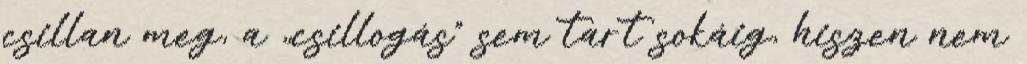
csillan meg, a „csillogás” sem tart sokáig, hiszen nem